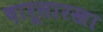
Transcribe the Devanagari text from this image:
दारूसारखा